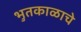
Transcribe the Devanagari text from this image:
भुतकाळाचे